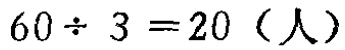
\(60\div 3 = 20 \text{（人）}\)